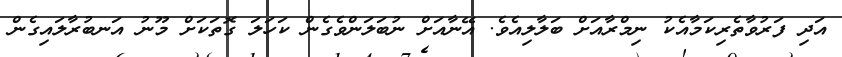
އަދި ފަރުވާތެރިކަމާއެކު ނިމްރާއަށް ބަލާލިއެވެ. އޭނާއަށް ނުބަލަންވެގެން ކަހަލަ ގޮތަކަށް މޫނު އަނބުރާލައިގެން